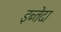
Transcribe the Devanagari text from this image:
इब्तेदा